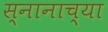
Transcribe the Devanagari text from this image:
स्नानाच्या